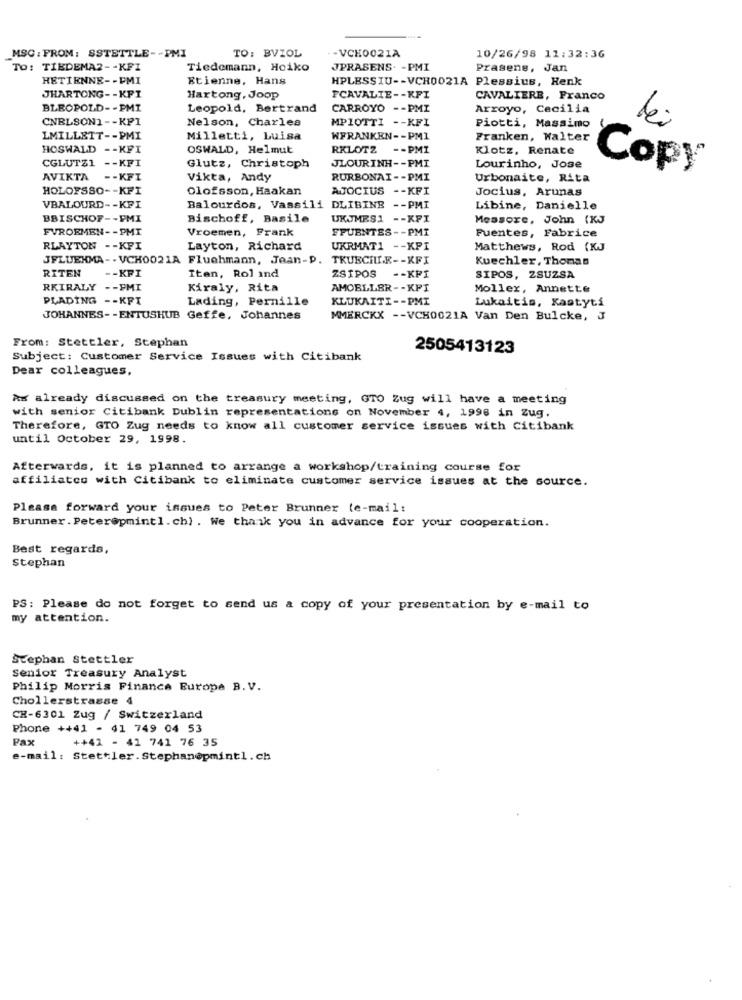
MSC: FROM: SSTETTLE -- PMI
TO: BVIOL
-VCK0021A
10/26/98 11:32:36
TO: TIEDEMA2 -- KFI
Tiedemann, Heiko
JPRASENS. - PMI
Prasens, Jan
HETIENNE -- FMI
Etienne, Hans
HPLESSIU -- VCH0021A Plessius, Henk
JHARTONG -- KFT
Hartong, Joop
FCAVALIE -- KFT
CAVALIERE, Franco
BLEOPOLD -- PMI
Leopold, Bertrand
CARROYO -- PMI
Arroyo, Cecilia
CNELSON1 -- KPI
Nelson, Charles
MPIOTTI -- KFI
Piotti, Massimo
lei
LMILLETT -- PMI
Milletti, Luisa
WFRANKEN -- PMI
Franken, Walter
HOSWALD -- KFI
OSWALD, Helmut
RKLOTZ
-- PMI
Klotz, Renate
CGLUTZ1 -- KFI
JLOURINH -- PMI
Glutz, Christoph
Lourinho, Jose
Copy
AVIKTA
-- KFI
Vikta, Andy
RURBONAI -- PMI
Urbonaite, Rita
HOLOFSSO -- KPI
Olofsson, Haakan
AJOCIUS -- KFI
Jocius, Arunas
VBALOURD -- KFI
Balourdos, Vassili DLIBINE -- PMI
Libine, Danielle
BBISCHOF -- PMI
Bischoff, Basile
UKJMES1
-- XFI
Messore, John (KJ
FVROEMEN -- PMI
Vroemen, Frank
FFUENTES -- PMI
Fuentes, Fabrice
RLAYTON - - KFI
Layton, Richard
UKRMAT1 -- KPI
Matthews, Rod (KJ
JFLUEHMA -. VCH0021A Fluchmann, Jean-P. TRUECILLE -- KFI
Kuechler, Thomas
RITEN
-- KFI
ZSIPOS
Iten, Rol and
-- KPI
SIPOS, ZSUZSA
RKIRALY -- PMI
Kiraly, Rita
AMOBLLER -- KPI
Moller, Annette
PLADING -- KFT
Lading, Pernille
KLUKAITI -- PMI
Lukaitis, Kastyti
JOHANNES -- ENTUSHUB Geffe, Johannes
MMERCKX -- VCH0021A Van Den Bulcke, J
From: Stettler, Stephan
2505413123
Subject: Customer Service Issues with Citibank
Dear colleagues,
Ax already discussed on the treasury meeting, GTO Zug will have a meeting
with senior Citibank Dublin representations on November 4, 1998 in Zug.
Therefore, GTO Zug needs to know all customer service issues with Citibank
until October 29, 1998.
Afterwards, it is planned to arrange a workshop/training course for
affiliateo with Citibank to eliminate customer service issues at the source.
Please forward your issues to Peter Brunner (e-mail:
Brunner. Peter@pmint1. ch) . We thank you in advance for your cooperation.
Best regards,
Stephan
PS: Please do not forget to send us a copy of your presentation by e-mail to
my attention.
Stephan Stettler
Senior Treasury Analyst
Philip Morris Finance Europa B. V.
Chollerstrasse 4
CH-6301 Zug / Switzerland
Phone ++41 - 41 749 04 53
Pax
++42 - 41 741 76 35
e-mail: Stettler.Stephan@pmint1.ch